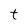
Character: t